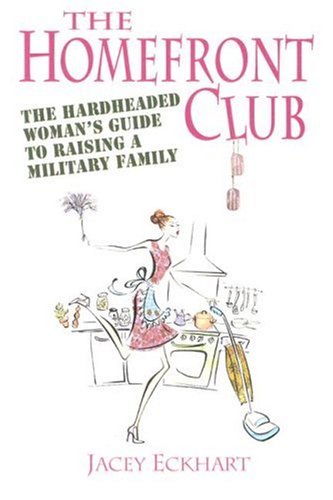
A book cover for Homefront Club: The Hardheaded Woman's Guide to Raising a Military Family; Jacey Eckhart; Parenting & Relationships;